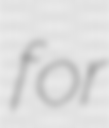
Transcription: for